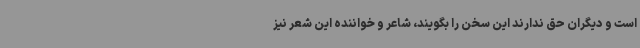
است و دیگران حق ندارند این سخن را بگویند، شاعر و خواننده این شعر نیز